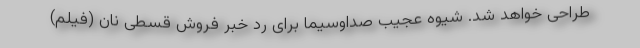
طراحی خواهد شد. شیوه عجیب صداوسیما برای رد خبر فروش قسطی نان (فیلم)